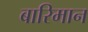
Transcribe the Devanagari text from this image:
बारिमान